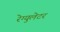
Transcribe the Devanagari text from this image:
रेग्‍युलेटर